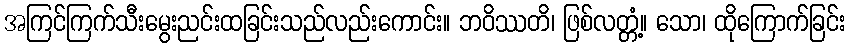
အကြင်ကြက်သီးမွေးညင်းထခြင်းသည်လည်းကောင်း။ ဘဝိဿတိ၊ ဖြစ်လတ္တံ့။ သော၊ ထိုကြောက်ခြင်း